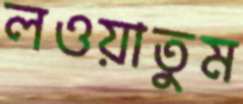
লওয়াতুম